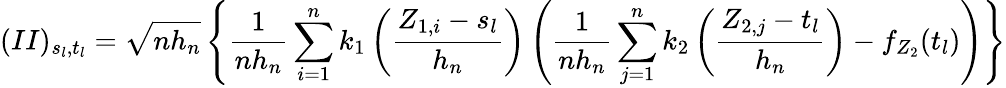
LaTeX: (II)_{s_{l},t_{l}}=\sqrt{nh_{n}}\left\{ \frac{1}{nh_{n}}\sum_{i=1}^{n}k_{1}\left(\frac{Z_{1,i}-s_{l}}{h_{n}}\right)\left(\frac{1}{nh_{n}}\sum_{j=1}^{n}k_{2}\left(\frac{Z_{2,j}-t_{l}}{h_{n}}\right)-f_{Z_{2}}(t_{l})\right)\right\}